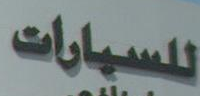
للسيارات